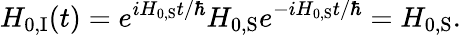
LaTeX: H_{0,{\mathrm{I}}}(t)=e^{iH_{0,{\mathrm{S}}}t/\hbar}H_{0,{\mathrm{S}}}e^{-iH_{0,{\mathrm{S}}}t/\hbar}=H_{0,{\mathrm{S}}}.